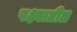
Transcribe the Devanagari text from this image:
पक्ष्यातील